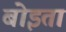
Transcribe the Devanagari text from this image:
बोइता